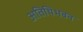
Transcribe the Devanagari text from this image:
अतिथिभबन